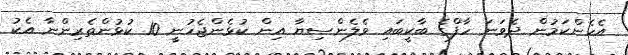
އެހެންކަމުން ދެވަނަ ހާފްގެ ބާކީބައި ވެލެންސިޔާ އިން ކުޅެންޖެހުނީ 10 ކުޅުންތެރިންނާ އެކު